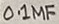
Text: 0.1µF